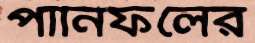
পানিফলের